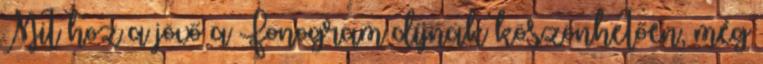
Mit hoz a jövő a Fonogram díjnak köszönhetően, még